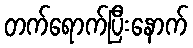
တက်ရောက်ပြီးနောက်